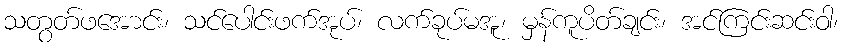
သတွတ်ဖအောင်း၊ သင်ပေါင်းဖက်အုပ်၊ လက်ခုပ်မအူ၊ မှန်ကူပိတ်ချင်း၊ အင်ကြင်းဆင်းဝါ၊